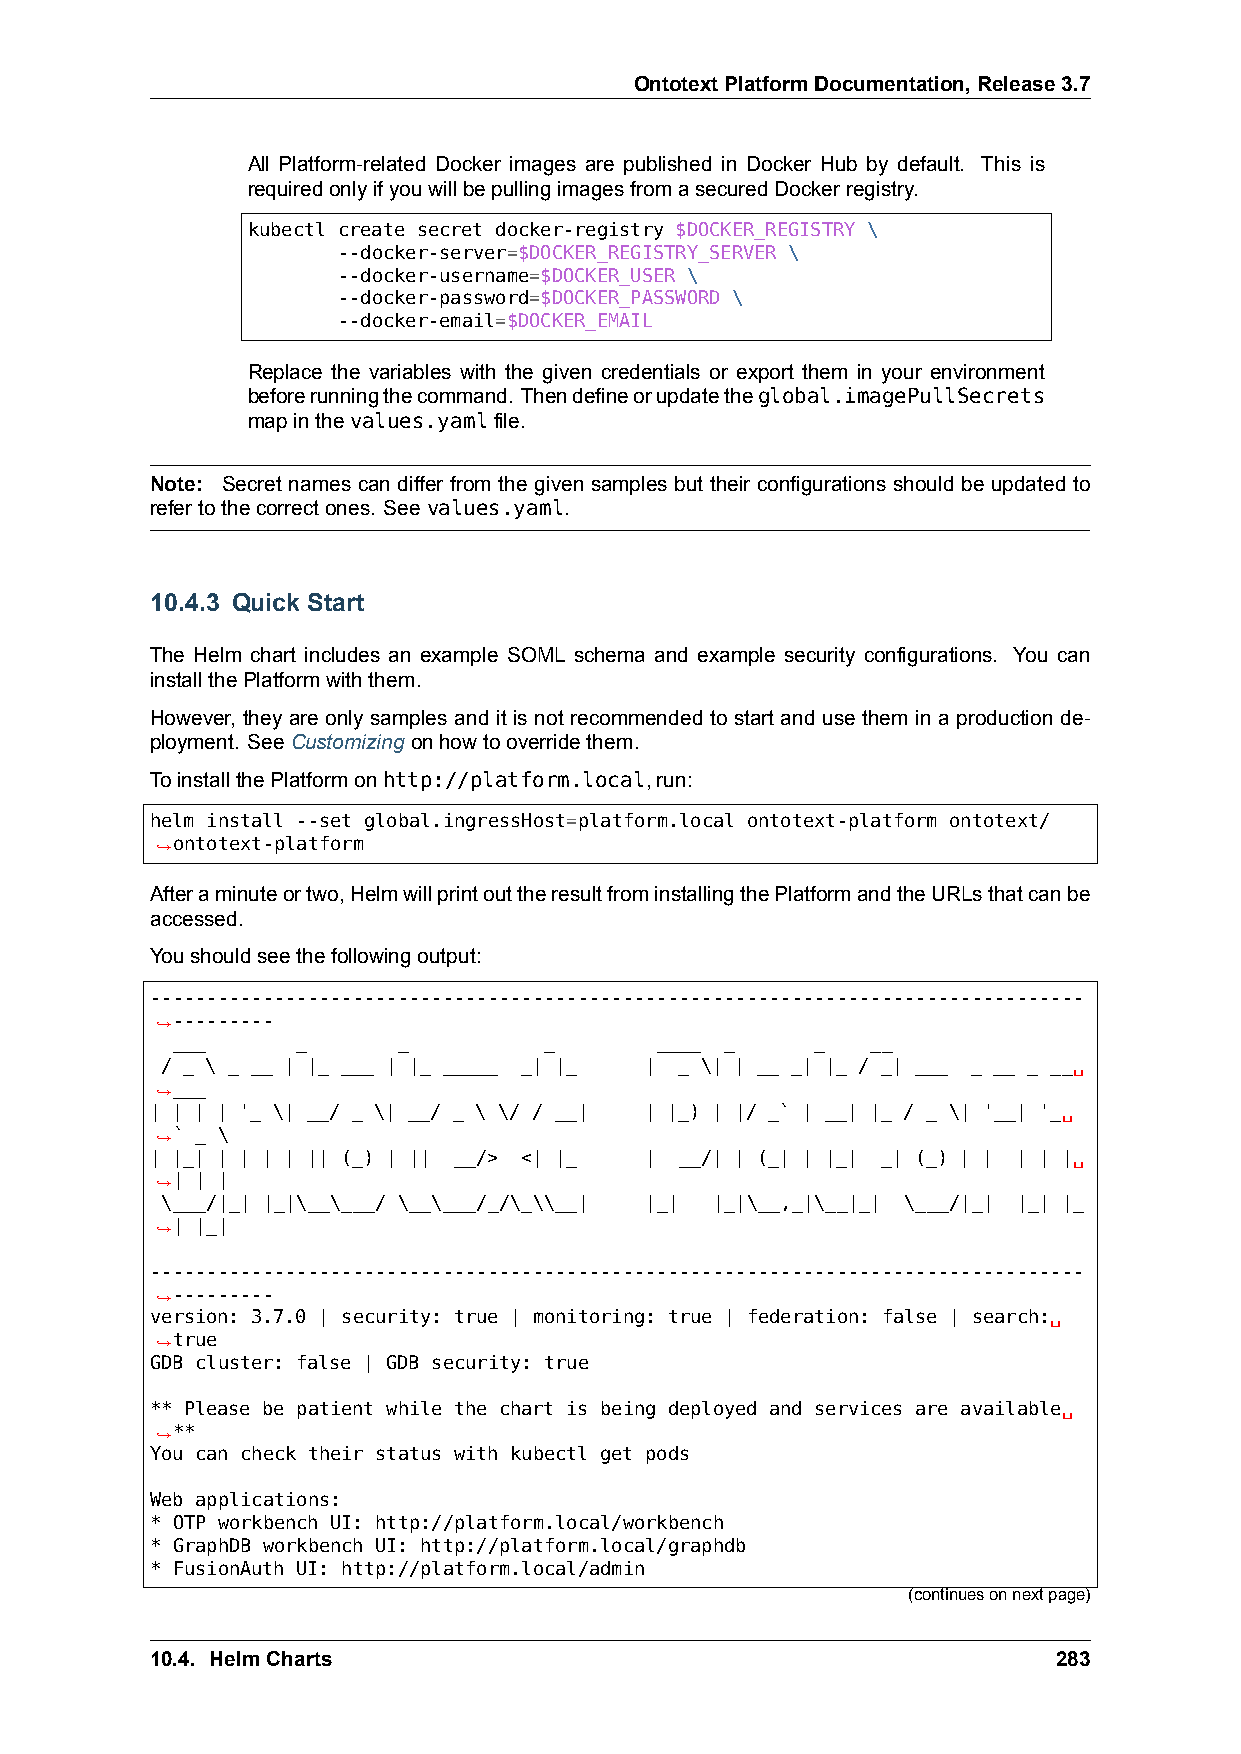
OntotextPlatformDocumentation,Release3.7
 All Platform-related Docker images are published in Docker Hub by default. This is
 requiredonlyifyouwillbepullingimagesfromasecuredDockerregistry.
 kubectl create secret docker-registry $DOCKER_REGISTRY \
 --docker-server=$DOCKER_REGISTRY_SERVER \
 --docker-username=$DOCKER_USER \
 --docker-password=$DOCKER_PASSWORD \
 --docker-email=$DOCKER_EMAIL
 Replace the variables with the given credentials or export them in your environment
 beforerunningthecommand. Thendefineorupdatetheglobal.imagePullSecrets
 mapinthevalues.yamlfile.
 Note: Secret names can differ from the given samples but their configurations should be updated to
 refertothecorrectones. Seevalues.yaml.
 10.4.3 Quick Start
 The Helm chart includes an example SOML schema and example security configurations. You can
 installthePlatformwiththem.
 However, they are only samples and it is not recommended to start and use them in a production de-
 ployment. SeeCustomizingonhowtooverridethem.
 ToinstallthePlatformonhttp://platform.local,run:
 helm install --set global.ingressHost=platform.local ontotext-platform ontotext/
 ,→ontotext-platform
 Afteraminuteortwo,HelmwillprintouttheresultfrominstallingthePlatformandtheURLsthatcanbe
 accessed.
 Youshouldseethefollowingoutput:
 -----------------------------------------------------------------------------------
 ,→---------
 ___      _     _         _      ____ _     _   __
 / _ \ _ __ | |_ ___ | |_ _____ _| |_ | _ \| | __ _| |_ / _| ___ _ __ _ __␣
 ,→___
 | | | | '_ \| __/ _ \| __/ _ \ \/ / __| | |_) | |/ _` | __| |_ / _ \| '__| '_␣
 ,→` _ \
 | |_| | | | | || (_) | || __/> <| |_ | __/| | (_| | |_| _| (_) | | | | |␣
 ,→| | |
 \___/|_| |_|\__\___/ \__\___/_/\_\\__| |_| |_|\__,_|\__|_| \___/|_| |_| |_
 ,→| |_|
 -----------------------------------------------------------------------------------
 ,→---------
 version: 3.7.0 | security: true | monitoring: true | federation: false | search:␣
 ,→true
 GDB cluster: false | GDB security: true
 ** Please be patient while the chart is being deployed and services are available␣
 ,→**
 You can check their status with kubectl get pods
 Web applications:
 * OTP workbench UI: http://platform.local/workbench
 * GraphDB workbench UI: http://platform.local/graphdb
 * FusionAuth UI: http://platform.local/admin
 (continuesonnextpage)
 10.4. HelmCharts                                            283